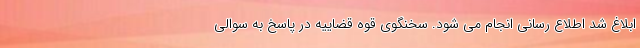
ابلاغ شد اطلاع رسانی انجام می شود. سخنگوی قوه قضاییه در پاسخ به سوالی